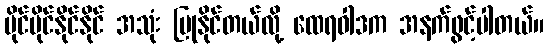
ပိုင်ပိုင်နိုင်နိုင် အသုံး ပြုနိုင်တယ်လို့ ထေရဝါဒက အနက်ဖွင့်ပါတယ်။